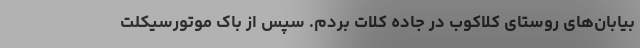
بیابان‌های روستای کلاکوب در جاده کلات بردم. سپس از باک موتورسیکلت